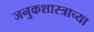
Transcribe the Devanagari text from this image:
जनुकशास्त्राच्या